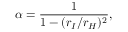
\alpha = \frac { 1 } { 1 - ( r _ { I } / r _ { H } ) ^ { 2 } } ,